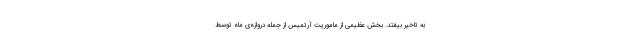
به تاخیر بیفتد. بخش عظیمی از ماموریت آرتمیس از جمله دروازه‌ی ماه توسط